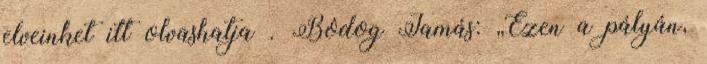
elveinket itt olvashatja . Bódog Tamás: „Ezen a pályán,